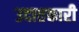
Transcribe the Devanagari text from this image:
उदात्तकारी